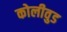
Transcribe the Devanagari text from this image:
कोलीवुड